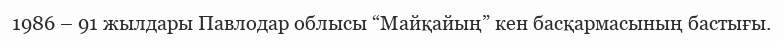
1986 – 91 жылдары Павлодар облысы “Майқайың” кен басқармасының бастығы.